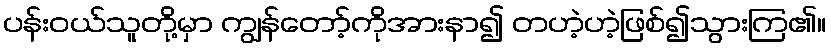
ပန်းဝယ်သူတို့မှာ ကျွန်တော့်ကိုအားနာ၍ တဟဲ့ဟဲ့ဖြစ်၍သွားကြ၏။